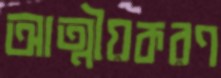
আত্মীয়করণ